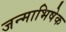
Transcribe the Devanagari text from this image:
जन्माभिषेक